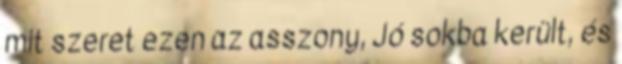
mit szeret ezen az asszony, Jó sokba került, és